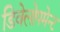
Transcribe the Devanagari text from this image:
डिवेलोपमेन्ट